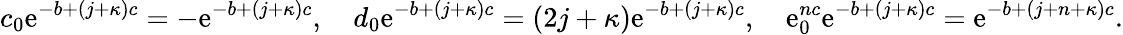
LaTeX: c_{0}\mathrm{e}^{-b+(j+\kappa)c}=-\mathrm{e}^{-b+(j+\kappa)c},\quad d_{0}\mathrm{e}^{-b+(j+\kappa)c}=(2j+\kappa)\mathrm{e}^{-b+(j+\kappa)c},\quad\mathrm{e}_{0}^{nc}\mathrm{e}^{-b+(j+\kappa)c}=\mathrm{e}^{-b+(j+n+\kappa)c}.